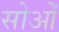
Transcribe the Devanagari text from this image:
सोओं